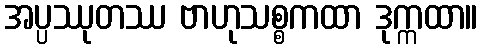
အပ္ပဿုတဿ ဗာဟုသစ္စကထာ ဒုက္ကထာ။